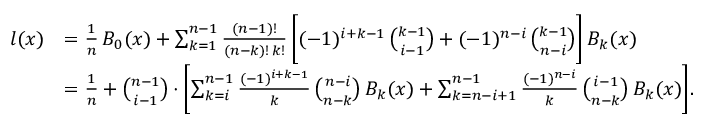
\begin{array} { r l } { l ( x ) } & { = \frac { 1 } { n } \, B _ { 0 } ( x ) + \sum _ { k = 1 } ^ { n - 1 } \frac { ( n - 1 ) ! } { ( n - k ) ! \, k ! } \, \biggl [ ( - 1 ) ^ { i + k - 1 } \, \binom { k - 1 } { i - 1 } + ( - 1 ) ^ { n - i } \, \binom { k - 1 } { n - i } \biggr ] \, B _ { k } ( x ) } \\ & { = \frac { 1 } { n } + \binom { n - 1 } { i - 1 } \cdot \biggl [ \sum _ { k = i } ^ { n - 1 } \frac { ( - 1 ) ^ { i + k - 1 } } { k } \, \binom { n - i } { n - k } \, B _ { k } ( x ) + \sum _ { k = n - i + 1 } ^ { n - 1 } \frac { ( - 1 ) ^ { n - i } } { k } \, \binom { i - 1 } { n - k } \, B _ { k } ( x ) \biggr ] . } \end{array}